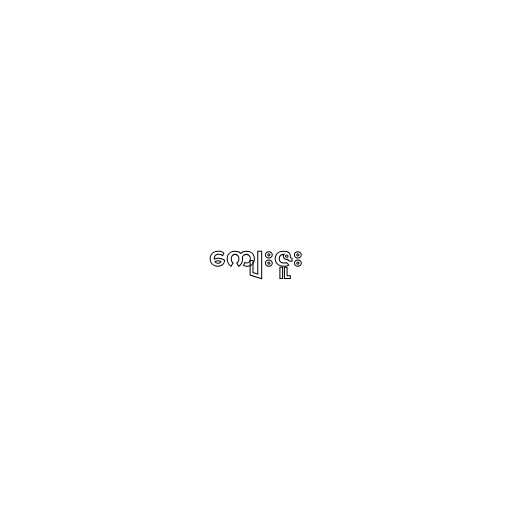
ကျေးဇူး